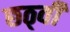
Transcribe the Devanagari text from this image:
छठ्वी